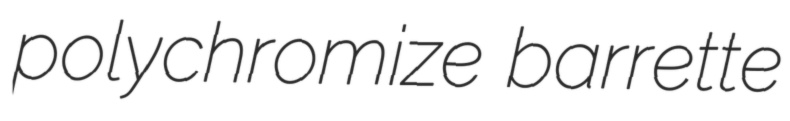
polychromize barrette